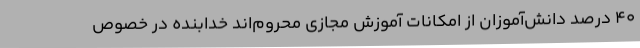
40 درصد دانش‌آموزان از امکانات آموزش مجازی محروم‌اند خدابنده در خصوص